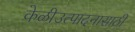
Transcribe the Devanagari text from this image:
केळीउत्पादनासाठी